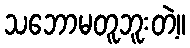
သဘောမတူဘူးတဲ့။